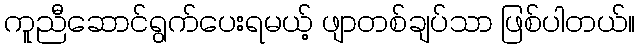
ကူညီဆောင်ရွက်ပေးရမယ့် ဖျာတစ်ချပ်သာ ဖြစ်ပါတယ်။